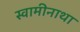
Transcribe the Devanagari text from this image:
स्वामीनाथा